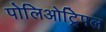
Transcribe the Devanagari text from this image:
पोलिओट्रिपल